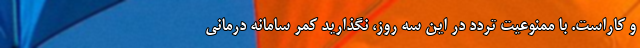
و کاراست. با ممنوعیت تردد در این سه روز، نگذارید کمر سامانه درمانی